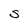
Character: S